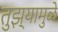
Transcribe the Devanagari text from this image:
तुझ्यामुळे